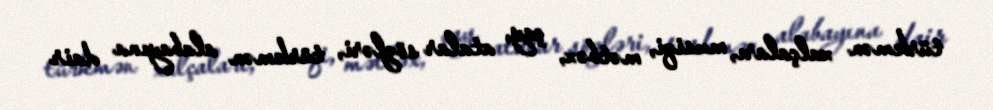
türkmən xalçaları, musiqi, mətbəx, çay, atalar sözləri, türkmən alabayına dair